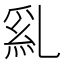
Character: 𠄂